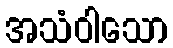
အသံဝါသော